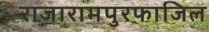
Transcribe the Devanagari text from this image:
राजारामपुरफाजिल